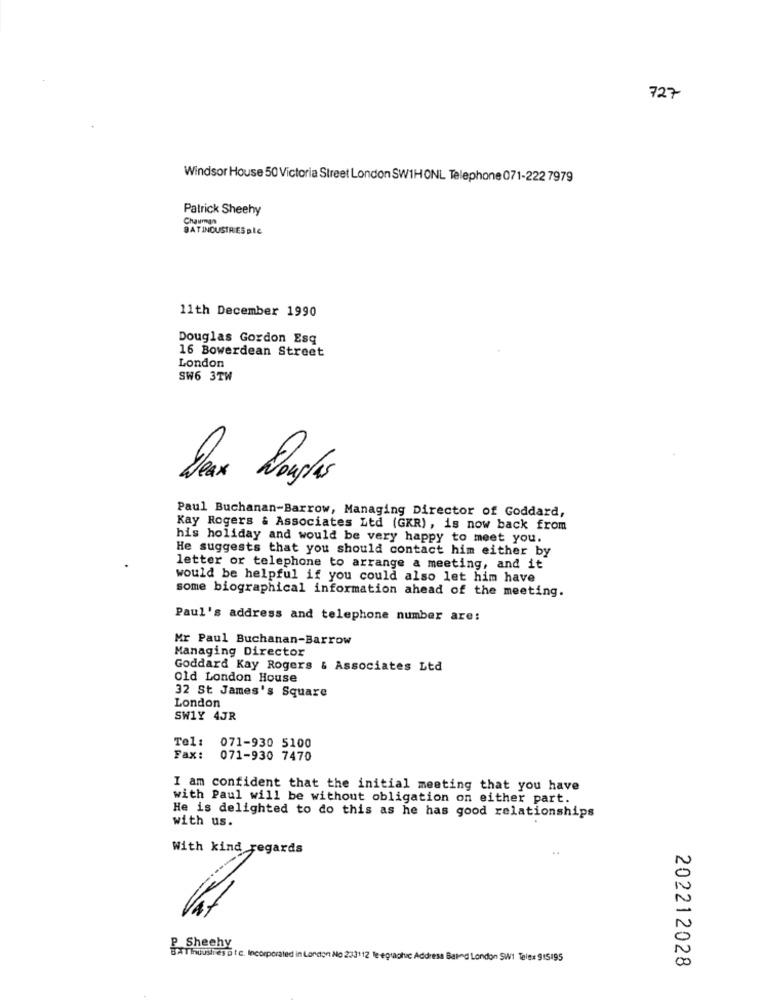
727
Windsor House 50 Victoria Street London SW1HONL Telephone 071-222 7979
Patrick Sheehy
Chauman
BATINCUSTRESBle
11th December 1990
Douglas Gordon Esq
16 Bowerdean Street
London
SW6 3TW
Dax Douglas
Paul Buchanan-Barrow, Managing Director of Goddard,
Kay Rogers & Associates Ltd (GKR), is now back from
his holiday and would be very happy to meet you.
He suggests that you should contact him either by
letter or telephone to arrange a meeting, and it
would be helpful if you could also let him have
some biographical information ahead of the meeting.
Paul's address and telephone number are:
Mr Paul Buchanan-Barrow
Managing Director
Goddard Kay Rogers & Associates Ltd
old London House
London
32 St James's Square
SW1Y 4JR
Tel:
071-930 5100
Fax:
071-930 7470
I am confident that the initial meeting that you have
with Paul will be without obligation on either part.
with us.
He is delighted to do this as he has good relationships
With kind regards
N
BATInuusines Dtc. Incorporated in London No 2:3112 te egraphic Address Baind London SW1 Telex 915195
00
202212028